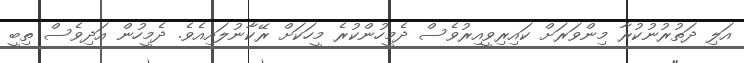
އަލި ދަތުރުނުކުރާ މިންވަރަށް ކައިރިވީއިރުވެސް ދެމީހުންކުރެ މީހަކަށް ރޭކާނުލައިއެވެ. ދެމީހުން އަދިވެސް ތިބީ